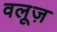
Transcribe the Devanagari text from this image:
वलूज़